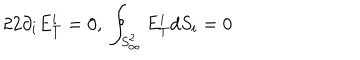
2 2 \partial _ { i } E _ { T } ^ { i } = 0 , \; \oint _ { S _ { \infty } ^ { 2 } } E _ { T } ^ { i } d S _ { i } = 0